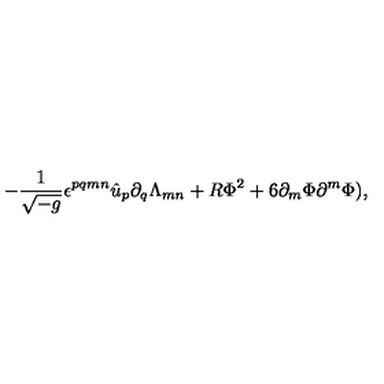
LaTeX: - { \frac { 1 } { \sqrt { - g } } } \epsilon ^ { p q m n } \hat { u } _ { p } \partial _ { q } \Lambda _ { m n } + R \Phi ^ { 2 } + 6 \partial _ { m } \Phi \partial ^ { m } \Phi ) ,